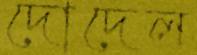
দোদেল